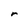
Character: r